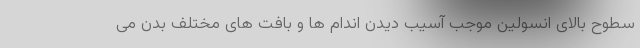
سطوح بالای انسولین موجب آسیب دیدن اندام ها و بافت های مختلف بدن می